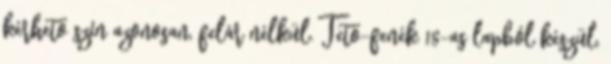
kérhető szín azonosan, felár nélkül. Tető-fenék 18-as lapból készül,